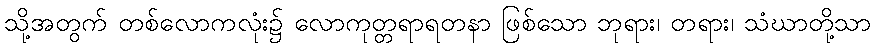
သို့အတွက် တစ်လောကလုံး၌ လောကုတ္တရာရတနာ ဖြစ်သော ဘုရား၊ တရား၊ သံဃာတို့သာ